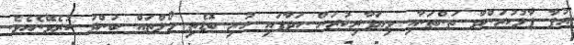
އުފާ ފާޅުކުރަންދާ ތަންތަނާއި ވިޔަފާރިކުރަން ހަދާފައި ހުރި ބޮޑެތި މޯލްތައް ބަންދު ކުރެވޭނެއެވެ.